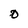
Character: D